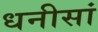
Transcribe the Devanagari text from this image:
धनीसां